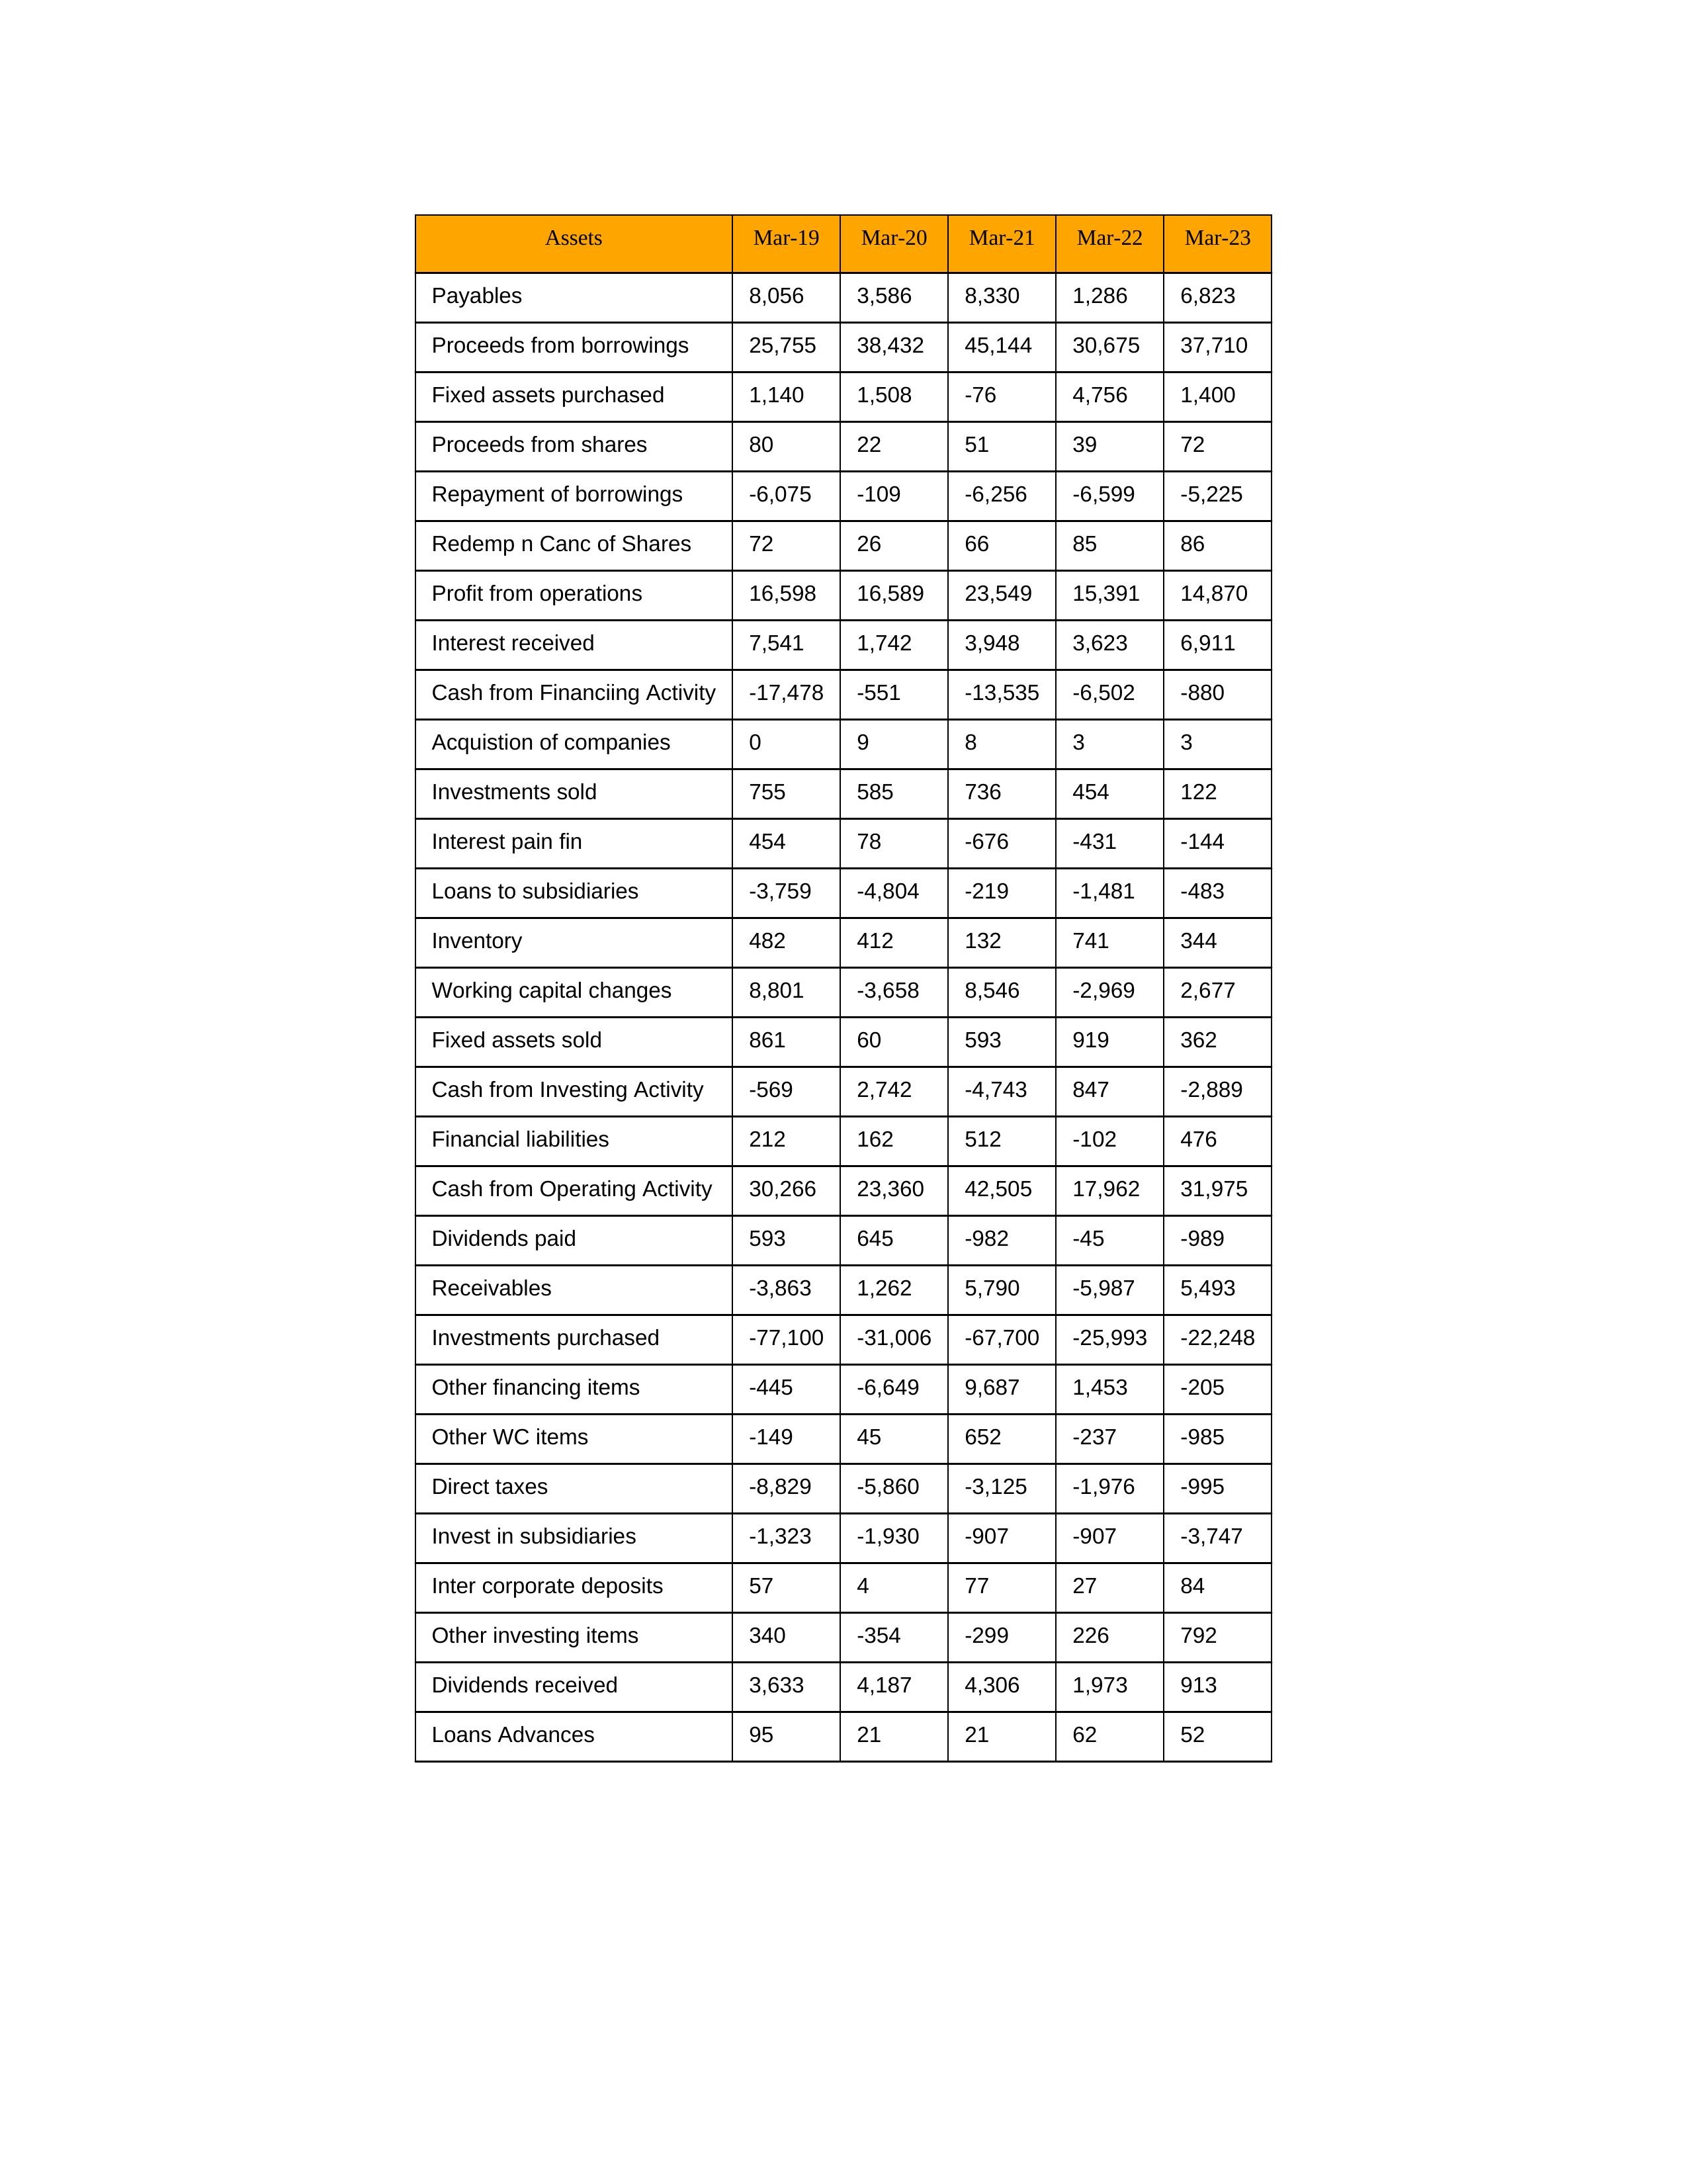
gt_parse: Mar-19: Cash from Operating Activity: 30,266
Profit from operations: 16,598
Receivables: -3,863
Inventory: 482
Payables: 8,056
Loans Advances: 95
Other WC items: -149
Working capital changes: 8,801
Direct taxes: -8,829
Cash from Investing Activity: -569
Fixed assets purchased: 1,140
Fixed assets sold: 861
Investments purchased: -77,100
Investments sold: 755
Interest received: 7,541
Dividends received: 3,633
Invest in subsidiaries: -1,323
Loans to subsidiaries: -3,759
Redemp n Canc of Shares: 72
Acquistion of companies: 0
Inter corporate deposits: 57
Other investing items: 340
Cash from Financiing Activity: -17,478
Proceeds from shares: 80
Proceeds from borrowings: 25,755
Repayment of borrowings: -6,075
Interest pain fin: 454
Dividends paid: 593
Financial liabilities: 212
Other financing items: -445
Mar-20: Cash from Operating Activity: 23,360
Profit from operations: 16,589
Receivables: 1,262
Inventory: 412
Payables: 3,586
Loans Advances: 21
Other WC items: 45
Working capital changes: -3,658
Direct taxes: -5,860
Cash from Investing Activity: 2,742
Fixed assets purchased: 1,508
Fixed assets sold: 60
Investments purchased: -31,006
Investments sold: 585
Interest received: 1,742
Dividends received: 4,187
Invest in subsidiaries: -1,930
Loans to subsidiaries: -4,804
Redemp n Canc of Shares: 26
Acquistion of companies: 9
Inter corporate deposits: 4
Other investing items: -354
Cash from Financiing Activity: -551
Proceeds from shares: 22
Proceeds from borrowings: 38,432
Repayment of borrowings: -109
Interest pain fin: 78
Dividends paid: 645
Financial liabilities: 162
Other financing items: -6,649
Mar-21: Cash from Operating Activity: 42,505
Profit from operations: 23,549
Receivables: 5,790
Inventory: 132
Payables: 8,330
Loans Advances: 21
Other WC items: 652
Working capital changes: 8,546
Direct taxes: -3,125
Cash from Investing Activity: -4,743
Fixed assets purchased: -76
Fixed assets sold: 593
Investments purchased: -67,700
Investments sold: 736
Interest received: 3,948
Dividends received: 4,306
Invest in subsidiaries: -907
Loans to subsidiaries: -219
Redemp n Canc of Shares: 66
Acquistion of companies: 8
Inter corporate deposits: 77
Other investing items: -299
Cash from Financiing Activity: -13,535
Proceeds from shares: 51
Proceeds from borrowings: 45,144
Repayment of borrowings: -6,256
Interest pain fin: -676
Dividends paid: -982
Financial liabilities: 512
Other financing items: 9,687
Mar-22: Cash from Operating Activity: 17,962
Profit from operations: 15,391
Receivables: -5,987
Inventory: 741
Payables: 1,286
Loans Advances: 62
Other WC items: -237
Working capital changes: -2,969
Direct taxes: -1,976
Cash from Investing Activity: 847
Fixed assets purchased: 4,756
Fixed assets sold: 919
Investments purchased: -25,993
Investments sold: 454
Interest received: 3,623
Dividends received: 1,973
Invest in subsidiaries: -907
Loans to subsidiaries: -1,481
Redemp n Canc of Shares: 85
Acquistion of companies: 3
Inter corporate deposits: 27
Other investing items: 226
Cash from Financiing Activity: -6,502
Proceeds from shares: 39
Proceeds from borrowings: 30,675
Repayment of borrowings: -6,599
Interest pain fin: -431
Dividends paid: -45
Financial liabilities: -102
Other financing items: 1,453
Mar-23: Cash from Operating Activity: 31,975
Profit from operations: 14,870
Receivables: 5,493
Inventory: 344
Payables: 6,823
Loans Advances: 52
Other WC items: -985
Working capital changes: 2,677
Direct taxes: -995
Cash from Investing Activity: -2,889
Fixed assets purchased: 1,400
Fixed assets sold: 362
Investments purchased: -22,248
Investments sold: 122
Interest received: 6,911
Dividends received: 913
Invest in subsidiaries: -3,747
Loans to subsidiaries: -483
Redemp n Canc of Shares: 86
Acquistion of companies: 3
Inter corporate deposits: 84
Other investing items: 792
Cash from Financiing Activity: -880
Proceeds from shares: 72
Proceeds from borrowings: 37,710
Repayment of borrowings: -5,225
Interest pain fin: -144
Dividends paid: -989
Financial liabilities: 476
Other financing items: -205